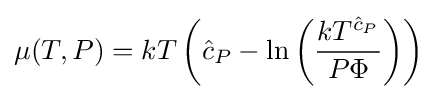
\mu (T,P)=kT\left({\hat {c}}_{P}-\ln \left({\frac {kT^{{\hat {c}}_{P}}}{P\Phi }}\right)\right)